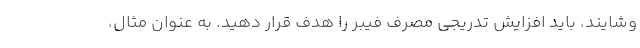
وشایند، باید افزایش تدریجی مصرف فیبر را هدف قرار دهید. به عنوان مثال،